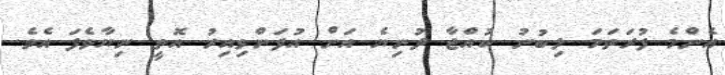
އެންމެ ފުރަތަމަ ލިބުނު ކުއްޖާ ދުނިޔެ އަށް އުފަންވިއިރު އޮތީ ނިޔާވެފަ އެވެ.